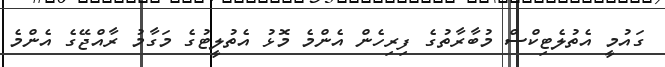
ގައުމީ އެތުލެޓިކްސް މުބާރާތުގެ ފިރިހެން އެންމެ މޮޅު އެތުލީޓުގެ މަގާމު ރާއްޖޭގެ އެންމެ